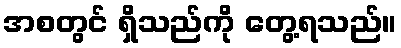
အစတွင် ရှိသည်ကို တွေ့ရသည်။